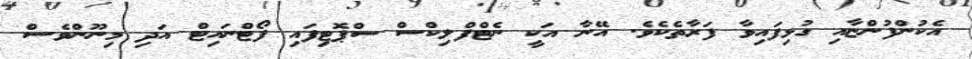
އެކުންފުންޏާއި ގުޅިފައިވާ ފަރާތެކެވެ. އޭނާ އަކީ ނެޓްފްލިކްސް ސްޕޮޓިފައި ފޯޓްނައިޓް އަދި މިނޫންވެސް